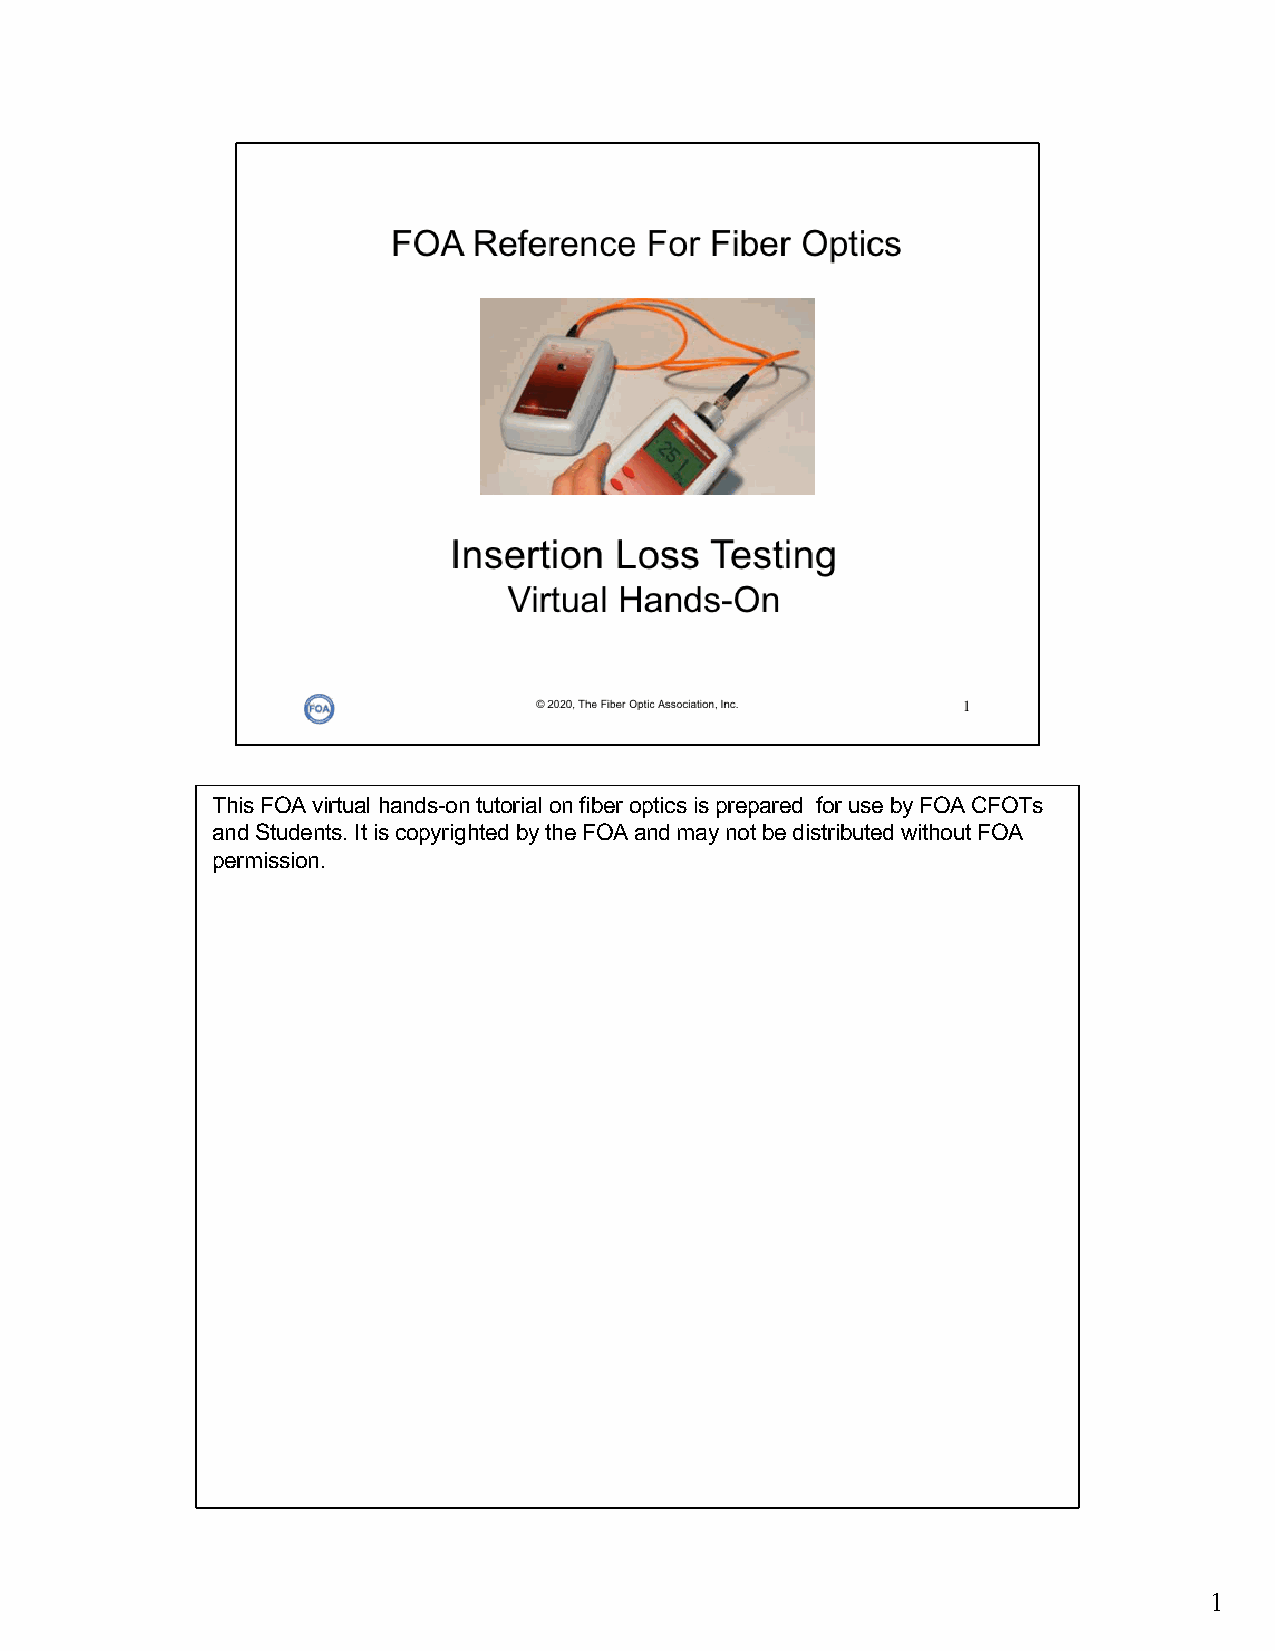
This FOA virtual hands-on tutorial on fiber optics is prepared for use by FOA CFOTs
 and Students. It is copyrighted by the FOA and may not be distributed without FOA
 permission.
 1